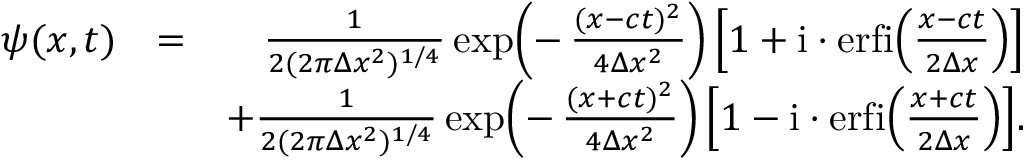
\begin{array} { r l r } { \psi ( x , t ) } & { = } & { \frac { 1 } { 2 ( 2 \pi \Delta x ^ { 2 } ) ^ { 1 / 4 } } \exp \! \left( - \, \frac { ( x - c t ) ^ { 2 } } { 4 \Delta x ^ { 2 } } \right) \left[ 1 + \mathrm { i } \cdot \mathrm { e r f i } \! \left( \frac { x - c t } { 2 \Delta x } \right) \right] } \\ & { } & { + \frac { 1 } { 2 ( 2 \pi \Delta x ^ { 2 } ) ^ { 1 / 4 } } \exp \! \left( - \, \frac { ( x + c t ) ^ { 2 } } { 4 \Delta x ^ { 2 } } \right) \left[ 1 - \mathrm { i } \cdot \mathrm { e r f i } \! \left( \frac { x + c t } { 2 \Delta x } \right) \right] \! . } \end{array}